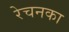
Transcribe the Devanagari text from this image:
रेचनका